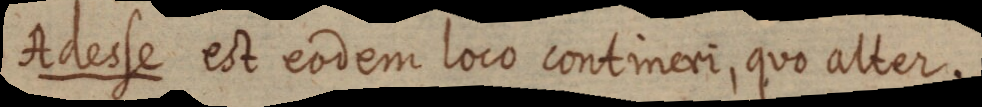
Adesse est eodem loco contineri, quo alter.